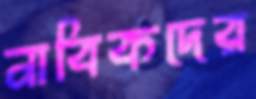
নাবিকদের